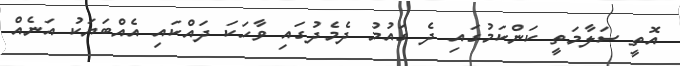
އޮތީ ސަލާމަތީ ކަންކަމުގައި ދެ ގައުމު ދެމެދުގައި ވާހަކަ ދައްކައި އެއްބަޔަކު އަނެއް